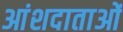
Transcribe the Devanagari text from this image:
आंशदाताओं